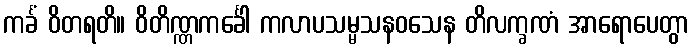
ကင်္ခံ ဝိတရတိ။ ဝိတိဏ္ဏကင်္ခေါ ကလာပသမ္မသနဝသေန တိလက္ခဏံ အာရောပေတွာ